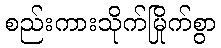
စည်းကားသိုက်မြိုက်စွာ